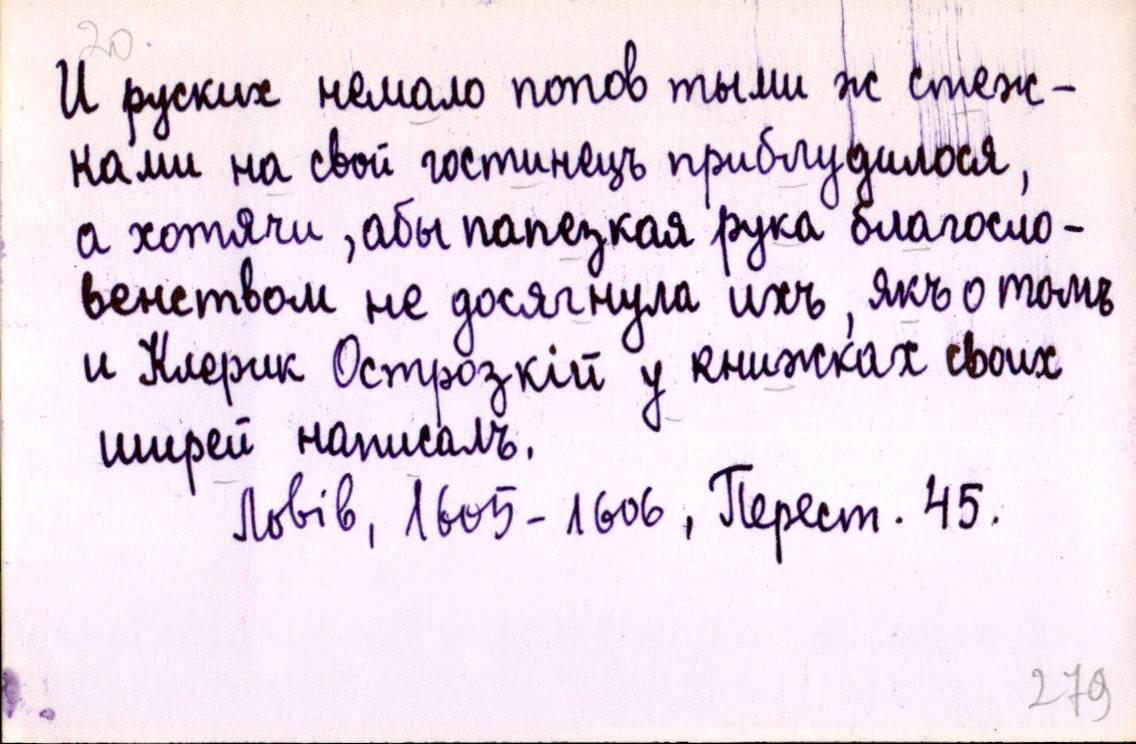
И руских немало попов тыми ж стеж-
ками на свой гостинецъ приблудилося,
а хотячи, абы папезкая рука благосло-
венством не досягнула ихъ, якъ о томъ
и Клерик Острозкій у книжках своих
ширей написалъ.
Львів, 1605-1606, Перест. 45.